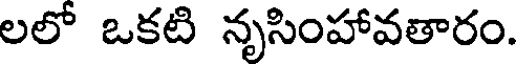
లలో ఒకటి నృసింహావతారం.